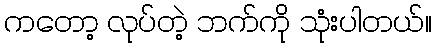
ကတော့ လုပ်တဲ့ ဘက်ကို သုံးပါတယ်။